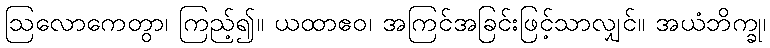
ဩလောကေတွာ၊ ကြည့်၍။ ယထာဧဝ၊ အကြင်အခြင်းဖြင့်သာလျှင်။ အယံဘိက္ခု၊